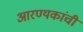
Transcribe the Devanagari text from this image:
आरण्यकांची